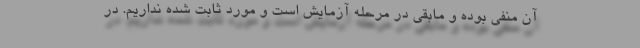
آن منفی بوده و مابقی در مرحله آزمایش است و مورد ثابت شده نداریم. در